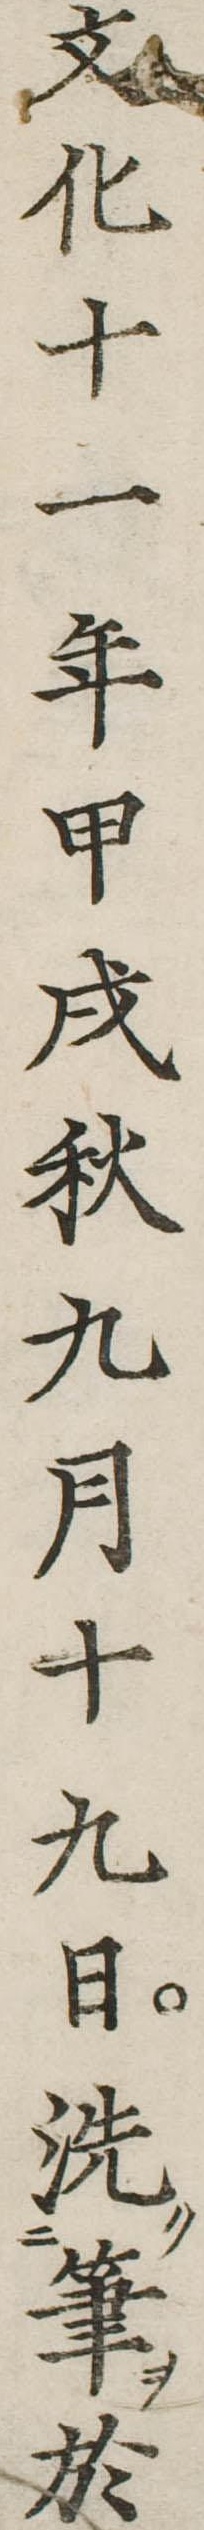
文化十一年甲戌秋九月十九日洗筆於